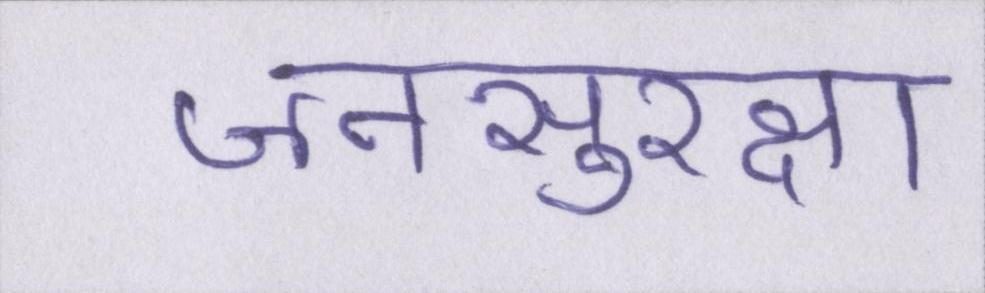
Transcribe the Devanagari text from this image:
जनसुरक्षा